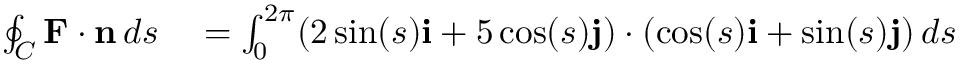
\begin{array} { r l } { \oint _ { C } \mathbf { F } \cdot \mathbf { n } \, d s } & { { } = \int _ { 0 } ^ { 2 \pi } ( 2 \sin ( s ) \mathbf { i } + 5 \cos ( s ) \mathbf { j } ) \cdot ( \cos ( s ) \mathbf { i } + \sin ( s ) \mathbf { j } ) \, d s } \end{array}